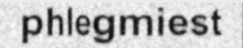
phlegmiest